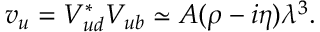
v _ { u } = V _ { u d } ^ { * } V _ { u b } \simeq A ( \rho - i \eta ) \lambda ^ { 3 } .